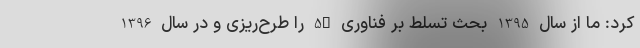
کرد: ما از سال 1395 بحث تسلط بر فناوری 5G را طرح‌ریزی و در سال 1396